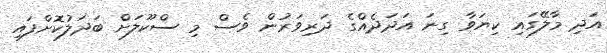
އަދި މާލޭގައި ކިޔަވާ ގިނަ އަދަދެއްގެ ދަރިވަރުން ވެސް މި ސްކޫލަށް ބަދަލުކޮށްފައި